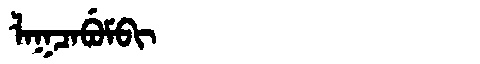
Manchu: ᠯᠠᡴᠴᠠᠪᡠᠮᠪᡳ
Romanization: LAKCABUMBI